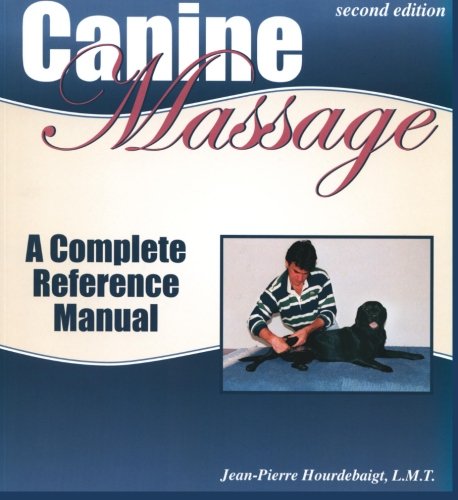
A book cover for Canine Massage: A Complete Reference Manual; Jean-Pierre Hourdebaigt; Health, Fitness & Dieting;